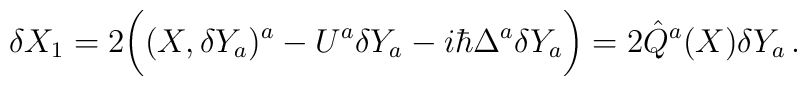
\delta X_1=2\bigg((X,\delta Y_a)^a-U^a\delta Y_a - i\hbar\Delta^a\delta Y_a\bigg)=2\hat{Q}^a(X)\delta Y_a\,.